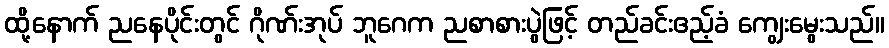
ထို့နောက် ညနေပိုင်းတွင် ဂိုဏ်းအုပ် ဘူဂေက ညစာစားပွဲဖြင့် တည်ခင်းဧည့်ခံ ကျွေးမွေးသည်။